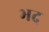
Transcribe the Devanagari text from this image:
भद